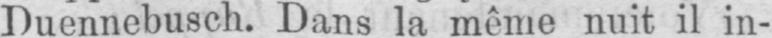
Duennebusch. Dans la même nuit il in-